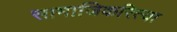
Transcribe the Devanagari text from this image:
सामाजिकरित्या